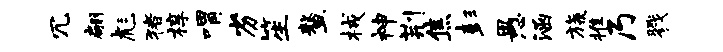
冗翩彪猪椁喟劣笙鳌械神荆焦彭愚涵旒推乃戮